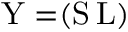
{ \mathrm { Y } = } ( \mathrm { S } \, \mathrm { L } )